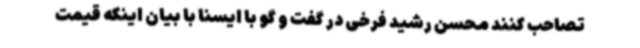
تصاحب کنند محسن رشید فرخی در گفت و گو با ایسنا با بیان اینکه قیمت